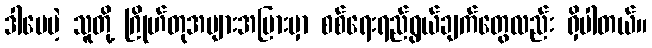
ဒါပေမဲ့ သူတို့ ဂြိုဟ်တုအများအပြားမှာ စစ်ရေးရည်ရွယ်ချက်တွေလည်း ရှိပါတယ်။